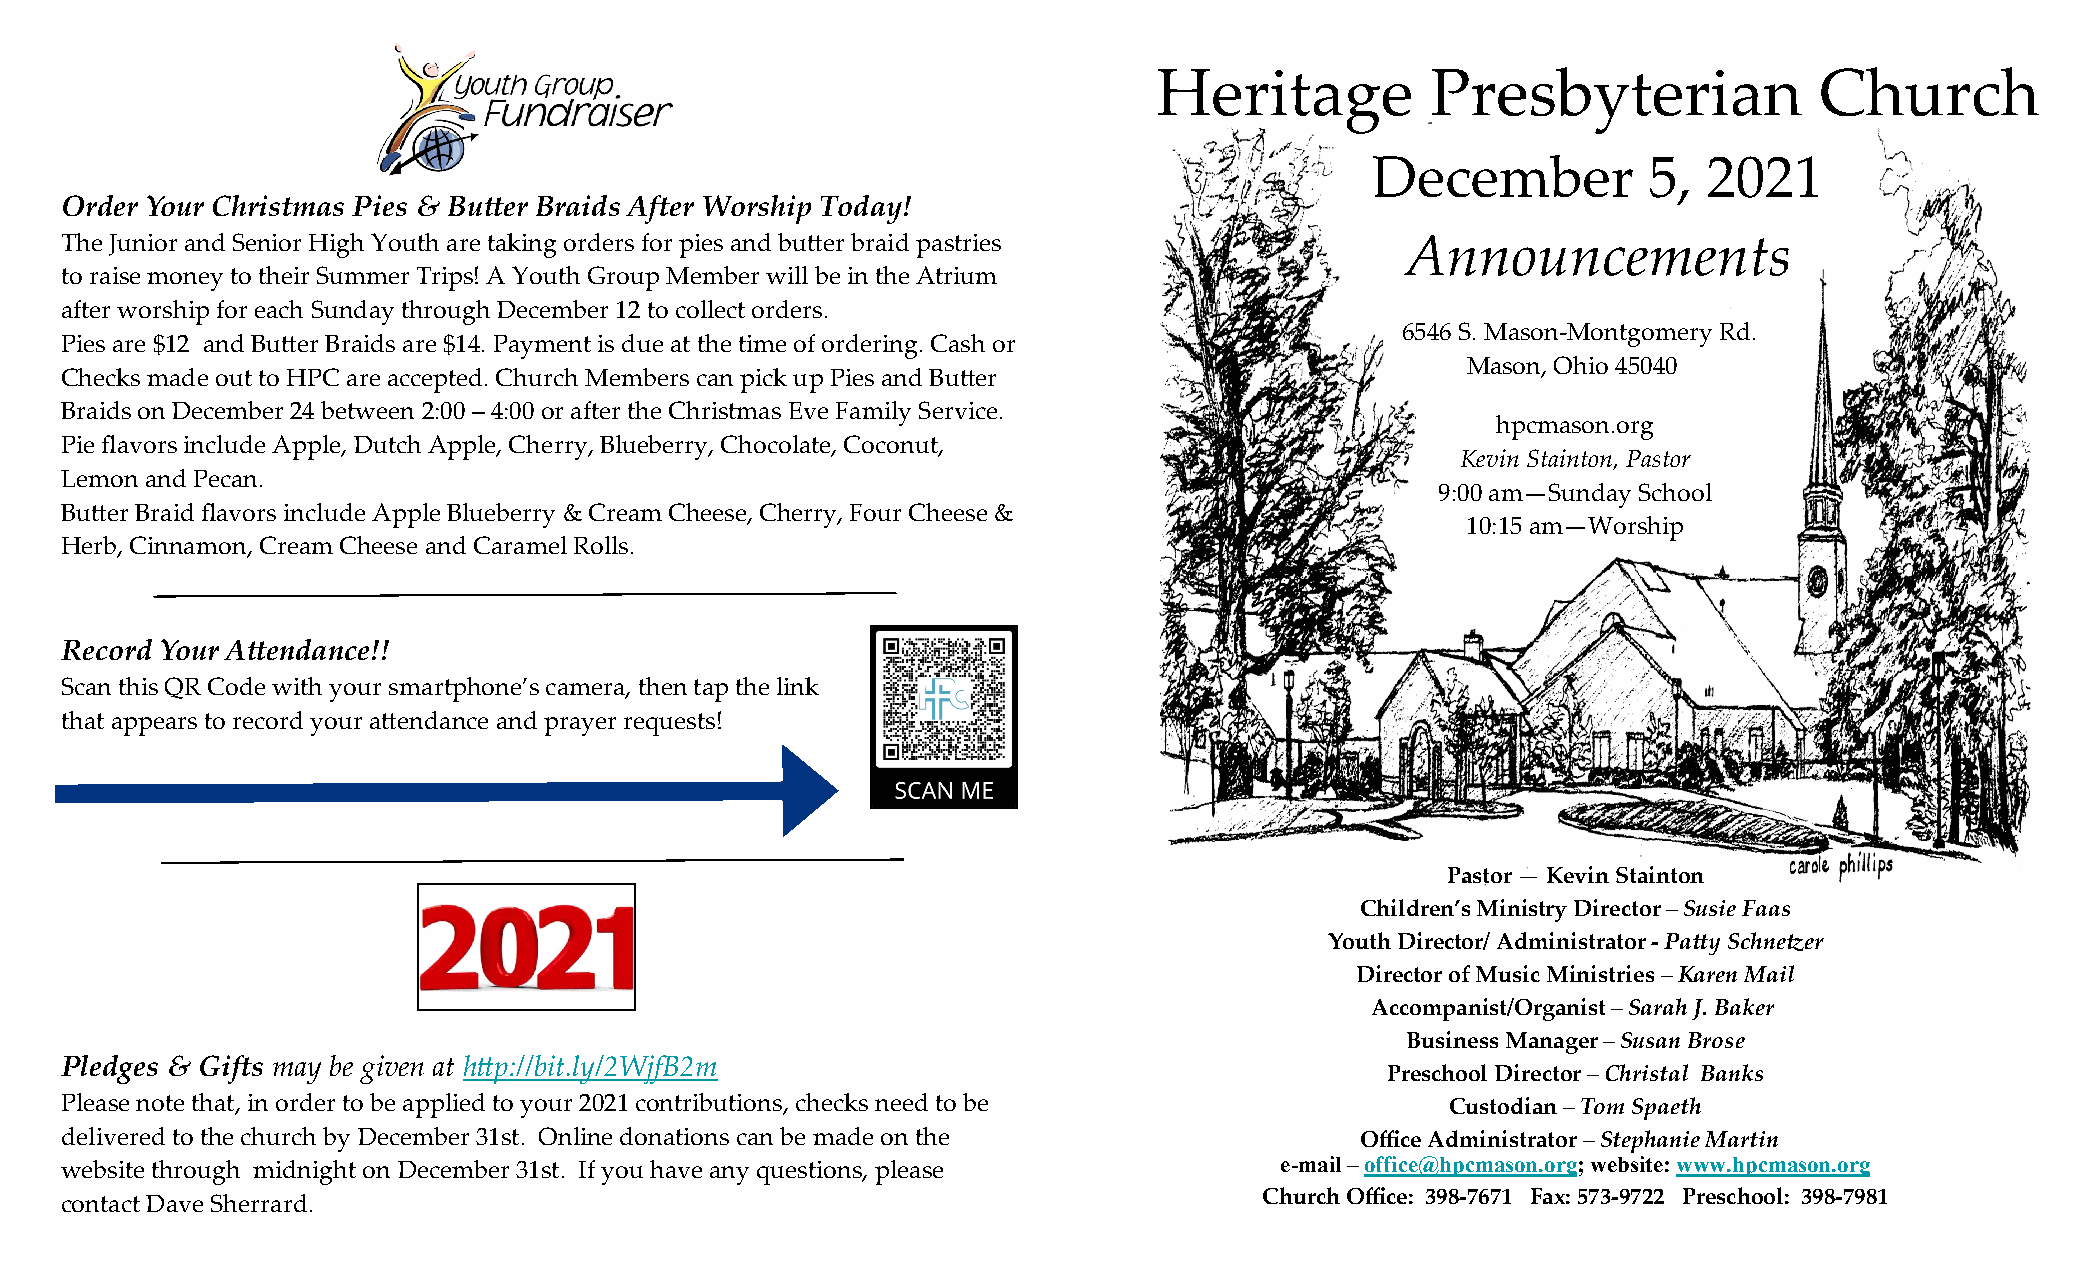
Heritage          Presbyterian             Church
 December          5,  2021
 Order Your Christmas Pies & Butter Braids After Worship Today!
 The Junior and Senior High Youth are taking orders for pies and butter braid pastries    Announcements
 to raise money to their Summer Trips! A Youth Group Member will be in the Atrium
 after worship for each Sunday through December 12 to collect orders.
 6546 S. Mason-Montgomery Rd.
 Pies are $12 and Butter Braids are $14. Payment is due at the time of ordering. Cash or
 Mason, Ohio 45040
 Checks made out to HPC are accepted. Church Members can pick up Pies and Butter
 Braids on December 24 between 2:00 – 4:00 or after the Christmas Eve Family Service.
 hpcmason.org
 Pie flavors include Apple, Dutch Apple, Cherry, Blueberry, Chocolate, Coconut,
 Kevin Stainton, Pastor
 Lemon and Pecan.
 9:00 am—Sunday School
 Butter Braid flavors include Apple Blueberry & Cream Cheese, Cherry, Four Cheese &
 10:15 am—Worship
 Herb, Cinnamon, Cream Cheese and Caramel Rolls.
 Record Your Attendance!!
 Scan this QR Code with your smartphone’s camera, then tap the link
 that appears to record your attendance and prayer requests!
 Pastor — Kevin Stainton
 Children’s Ministry Director – Susie Faas
 Youth Director/ Administrator - Patty Schnetzer
 Director of Music Ministries – Karen Mail
 Accompanist/Organist – Sarah J. Baker
 Business Manager – Susan Brose
 Pledges & Gifts may be given at http://bit.ly/2WjfB2m
 Preschool Director – Christal Banks
 Please note that, in order to be applied to your 2021 contributions, checks need to be      Custodian – Tom Spaeth
 delivered to the church by December 31st. Online donations can be made on the         Office Administrator – Stephanie Martin
 website through midnight on December 31st. If you have any questions, please     e-mail – office@hpcmason.org; website: www.hpcmason.org
 Church Office: 398-7671 Fax: 573-9722 Preschool: 398-7981
 contact Dave Sherrard.